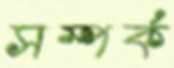
সম্পর্ক